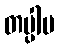
တပ္ပါမ